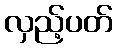
လှည့်ပတ်